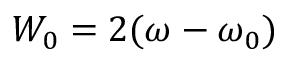
W _ { 0 } = 2 ( \omega - \omega _ { 0 } )